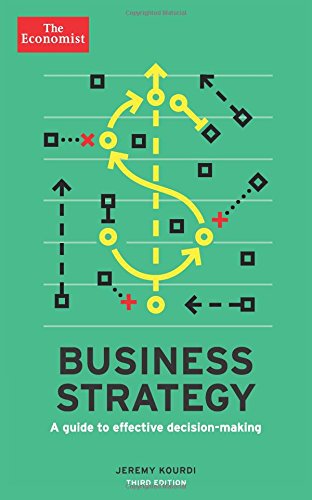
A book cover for Business Strategy: A guide to effective decision-making (Economist Books); The Economist; Business & Money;